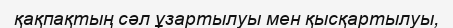
қақпақтың сәл ұзартылуы мен қысқартылуы,